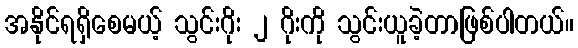
အနိုင်ရရှိစေမယ့် သွင်းဂိုး ၂ ဂိုးကို သွင်းယူခဲ့တာဖြစ်ပါတယ်။